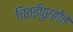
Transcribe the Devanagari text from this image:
चितईपुरहोते